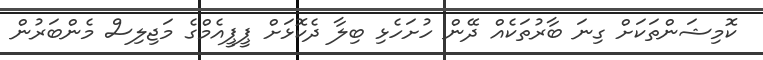
ކޮމިޝަންތަކަށް ގިނަ ބާރުތަކެއް ދޭން ހުށަހެޅި ބިލާ ދެކޮޅަށް ޕީޕީއެމްގެ މަޖިލިސް މެންބަރުން